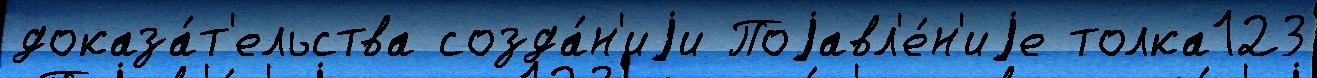
доказа́т'ельства созда́н'иjи Поjавл'е́н'иjе толка123